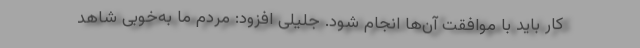
کار باید با موافقت آن‌ها انجام شود. جلیلی افزود: مردم ما به‌خوبی شاهد